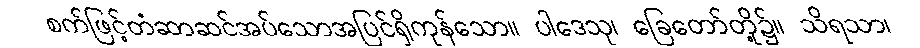
စက်ဖြင့်တံဆာဆင်အပ်သောအပြင်ရှိကုန်သော။ ပါဒေသု၊ ခြေတော်တို့၌။ သိရသာ၊